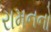
રામનનો